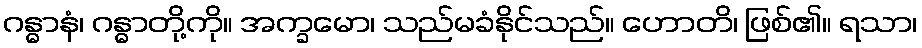
ဂန္ဓာနံ၊ ဂန္ဓာတို့ကို။ အက္ခမော၊ သည်မခံနိုင်သည်။ ဟောတိ၊ ဖြစ်၏။ ရသာ၊